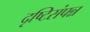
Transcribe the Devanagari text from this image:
दृष्टिसंपन्न